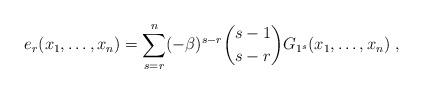
LaTeX: \begin{align*}e_{r}(x_{1},\ldots ,x_{n})=\sum_{s=r}^{n}(-\beta )^{s-r}\binom{s-1}{s-r}G_{1^{s}}(x_{1},\ldots ,x_{n})\;, \end{align*}